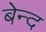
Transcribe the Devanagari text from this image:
बेन्द